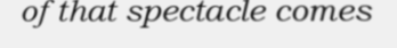
of that spectacle comes